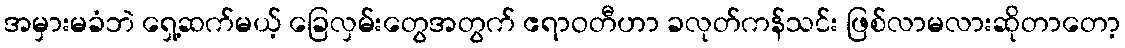
အမှားမခံဘဲ ရှေ့ဆက်မယ့် ခြေလှမ်းတွေအတွက် ဧရာဝတီဟာ ခလုတ်ကန်သင်း ဖြစ်လာမလားဆိုတာတော့